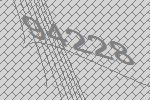
94228